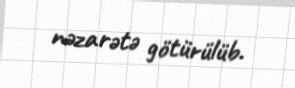
nəzarətə götürülüb.